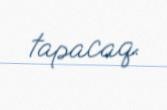
tapacaq.